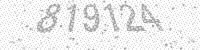
Solution: 819124